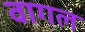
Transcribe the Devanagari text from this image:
वागल